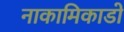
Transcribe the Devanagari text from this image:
नाकामिकाडो